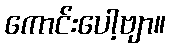
ကောင်းပေါ့ဗျာ။